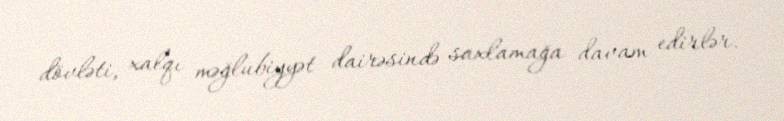
dövləti, xalqı məğlubiyyət dairəsində saxlamağa davam edirlər.